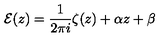
{ \cal E } ( z ) = \frac { 1 } { 2 \pi i } \zeta ( z ) + \alpha z + \beta